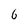
Character: 6